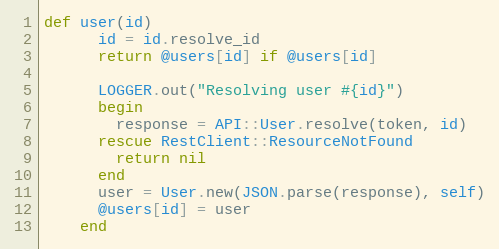
Language: Ruby
def user(id)
      id = id.resolve_id
      return @users[id] if @users[id]

      LOGGER.out("Resolving user #{id}")
      begin
        response = API::User.resolve(token, id)
      rescue RestClient::ResourceNotFound
        return nil
      end
      user = User.new(JSON.parse(response), self)
      @users[id] = user
    end